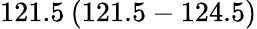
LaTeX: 121.5\: (121.5-124.5)